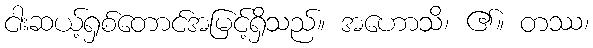
ငါးဆယ့်ရှစ်တောင်အမြင့်ရှိသည်။ အဟောသိ၊ ၏။ တဿ၊